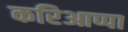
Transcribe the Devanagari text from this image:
करिआप्पा